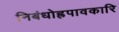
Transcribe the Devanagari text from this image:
निबंधोह्रपावकारि